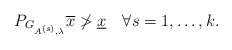
\begin{align*}P_{G_{A^{(s)},\lambda}} \overline{x}\not>\underline{x}\quad\forall s=1,\ldots,k.\end{align*}